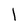
Character: l